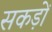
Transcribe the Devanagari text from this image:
सकड़ों